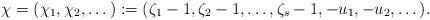
LaTeX: \begin{align*}\chi=(\chi_1,\chi_2,\dots ):=(\zeta_1-1,\zeta_2-1, \dots, \zeta_s-1, -u_1,-u_2,\dots).\end{align*}